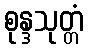
စုန္ဒသုတ္တံ